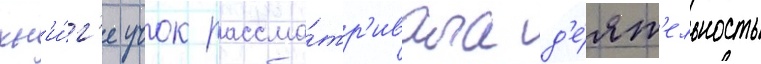
кн'и́г'е учок рассма́тр'ивала д'е́ят'ельность